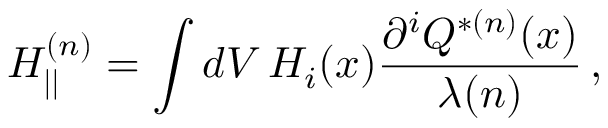
H _ { | | } ^ { ( n ) } = \int d V \, H _ { i } ( x ) \frac { { \partial } ^ { i } Q ^ { * ( n ) } ( x ) } { \lambda ( n ) } \, ,